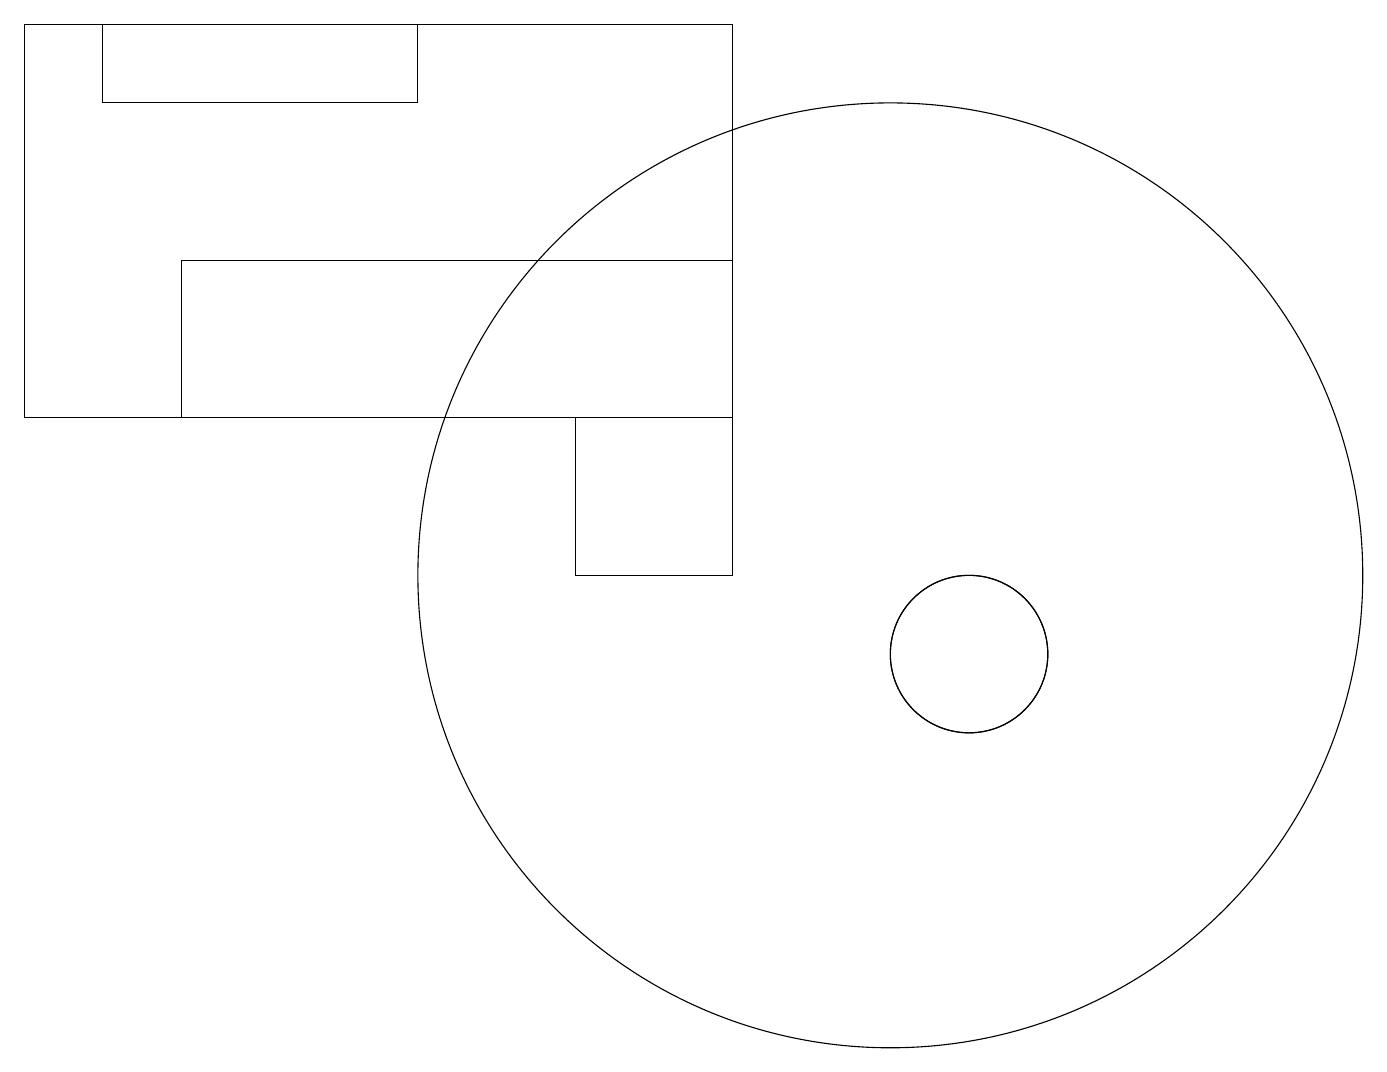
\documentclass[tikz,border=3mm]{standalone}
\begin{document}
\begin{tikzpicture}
\draw (9,13) rectangle (2,15);
\draw (5,18) rectangle (1,17);
\draw (9,18) rectangle (0,13);
\draw (9,13) rectangle (7,11);
\draw (12,10) circle (1);
\draw (12,10) circle (1);
\draw (11,11) circle (6);
\draw (12,11) circle (0);
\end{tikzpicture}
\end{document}